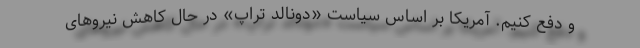
و دفع کنیم. آمریکا بر اساس سیاست «دونالد تراپ» در حال کاهش نیروهای